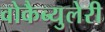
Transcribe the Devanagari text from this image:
वोकैब्युलेरी